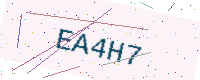
Text: EA4H7